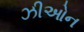
ઝીઓન